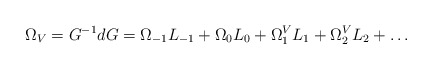
\begin{align*}\Omega_V=G^{-1} dG=\Omega_{-1}L_{-1}+\Omega_0 L_0+\Omega_1^V L_1+\Omega_2^V L_2+\ldots\end{align*}